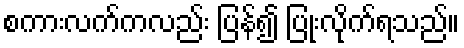
စကားလက်ကလည်း ပြန်၍ ပြုံးလိုက်ရသည်။